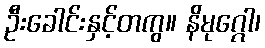
ဦးခေါင်းနှင့်တကွ။ နိမုဂ္ဂေါ၊